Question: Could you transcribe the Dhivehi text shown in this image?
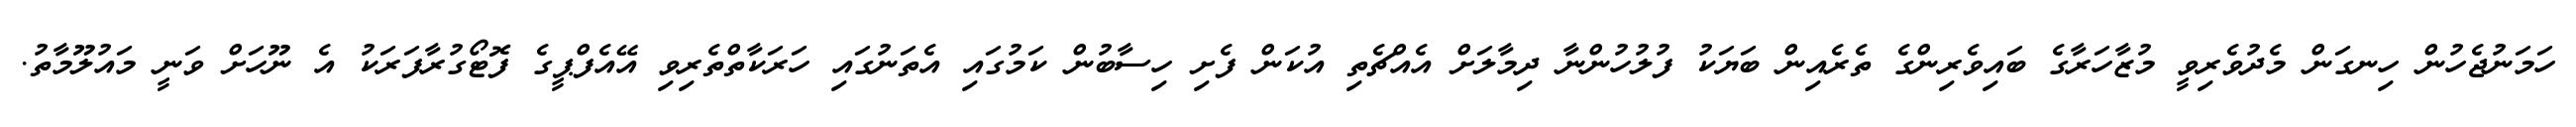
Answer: ހަމަނުޖެހުން ހިނގަން މެދުވެރިވީ މުޒާހަރާގެ ބައިވެރިންގެ ތެރެއިން ބަޔަކު ފުލުހުންނާ ދިމާލަށް އެއްޗެތި އުކަން ފެށި ހިސާބުން ކަމުގައި އެތަނުގައި ހަރަކާތްތެރިވި އޭއެފްޕީގެ ފޮޓޯގުރާފަރަކު އެ ނޫހަށް ވަނީ މައުލޫމާތު.